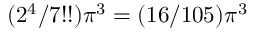
( 2 ^ { 4 } / 7 ! ! ) \pi ^ { 3 } = ( 1 6 / 1 0 5 ) \pi ^ { 3 }